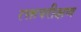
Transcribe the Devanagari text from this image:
रक्तपरीक्षण